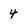
Character: 4